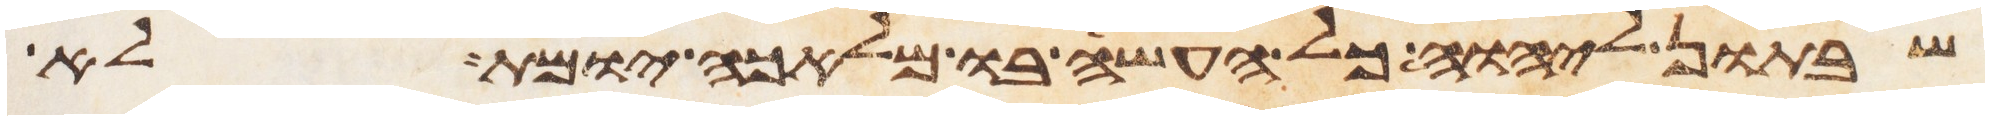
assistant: שבתון ליהוה כל העשה בו מלאכה יומת לא